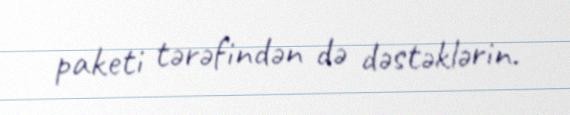
paketi tərəfindən də dəstəklərin.